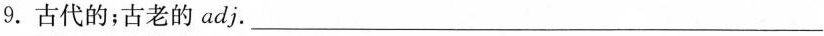
9.古代的；古老的adj.___